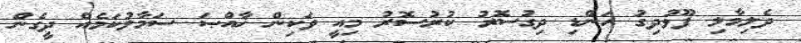
ދެލިމާލި ފޫޅުދިގު ހަންޑި ދިގުސޮރު ކުރުސޮރު މިއީ ވަކިން ޚާއްޞަ ސަމާލުކަމެއް ދީގެން